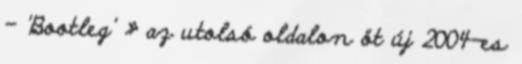
- 'Bootleg' » az utolsó oldalon öt új 2004-es